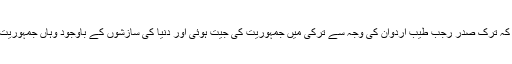
انہوں نے کہا کہ ترک صدر رجب طیب اردوان کی وجہ سے ترکی میں جمہوریت کی جیت ہوئی اور دنیا کی سازشوں کے باوجود وہاں جمہوریت چل رہی ہے۔